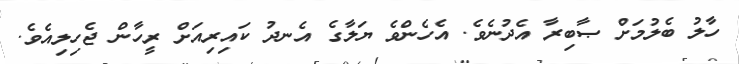
ހާލު ބެލުމަށް ޞާބިރާ އެދުނެވެ. އެހެންވެ ޔަލާގެ އެނދު ކައިރިއަށް ރީހާން ޖެހިލިއެވެ.